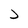
Character: j